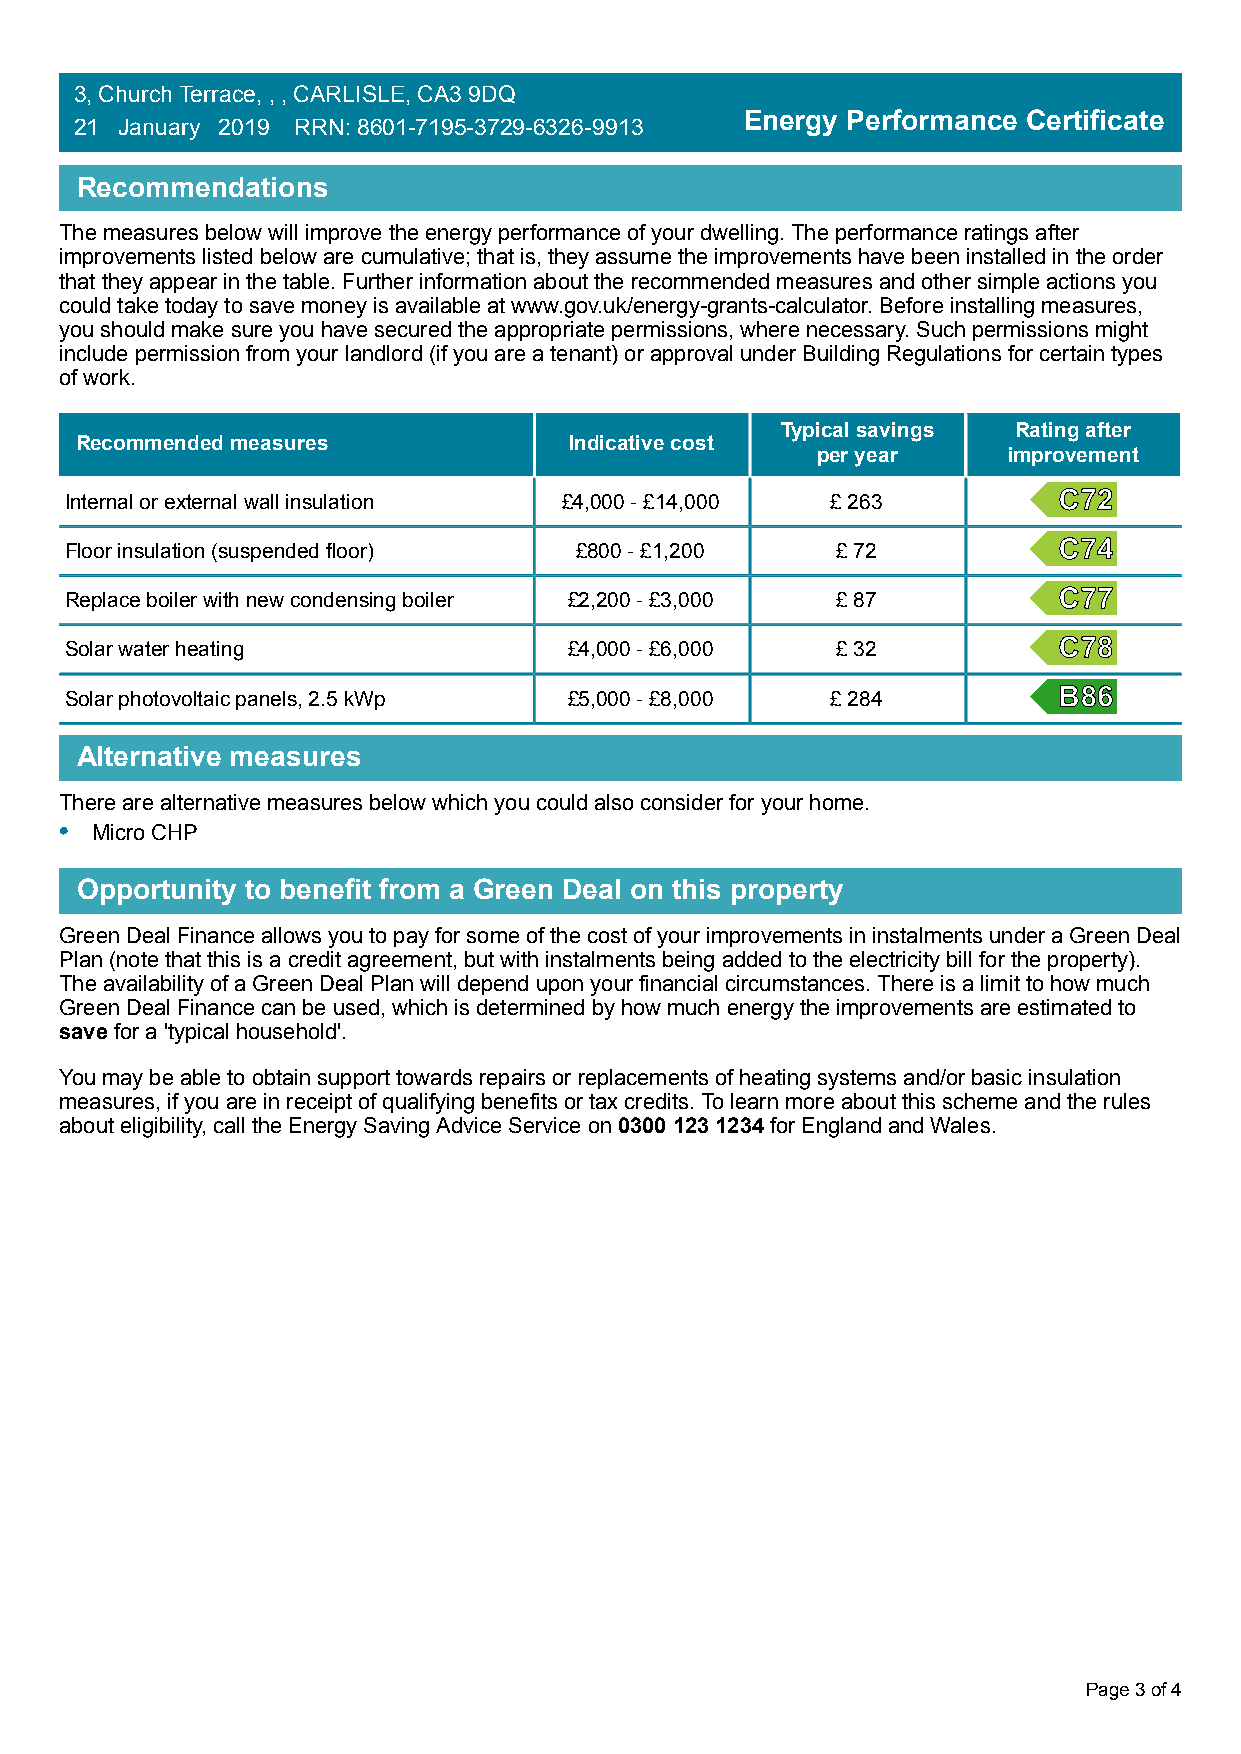
3, Church Terrace, , , CARLISLE, CA3 9DQ
 Energy Performance Certificate
 21 January 2019 RRN: 8601-7195-3729-6326-9913
 Recommendations
 The measures below will improve the energy performance of your dwelling. The performance ratings after
 improvements listed below are cumulative; that is, they assume the improvements have been installed in the order
 that they appear in the table. Further information about the recommended measures and other simple actions you
 could take today to save money is available at www.gov.uk/energy-grants-calculator. Before installing measures,
 you should make sure you have secured the appropriate permissions, where necessary. Such permissions might
 include permission from your landlord (if you are a tenant) or approval under Building Regulations for certain types
 of work.
 Typical savings Rating after
 Recommended measures             Indicative cost
 per year     improvement
 Internal or external wall insulation £4,000 - £14,000 £ 263
 Floor insulation (suspended floor) £800 - £1,200   £ 72
 Replace boiler with new condensing boiler £2,200 - £3,000 £ 87
 Solar water heating               £4,000 - £6,000  £ 32
 Solar photovoltaic panels, 2.5 kWp £5,000 - £8,000 £ 284
 Alternative measures
 There are alternative measures below which you could also consider for your home.
 • Micro CHP
 Opportunity to benefit from a Green Deal on this property
 Green Deal Finance allows you to pay for some of the cost of your improvements in instalments under a Green Deal
 Plan (note that this is a credit agreement, but with instalments being added to the electricity bill for the property).
 The availability of a Green Deal Plan will depend upon your financial circumstances. There is a limit to how much
 Green Deal Finance can be used, which is determined by how much energy the improvements are estimated to
 save for a 'typical household'.
 You may be able to obtain support towards repairs or replacements of heating systems and/or basic insulation
 measures, if you are in receipt of qualifying benefits or tax credits. To learn more about this scheme and the rules
 about eligibility, call the Energy Saving Advice Service on 0300 123 1234 for England and Wales.
 Page 3 of 4